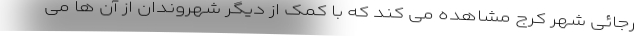
رجائی شهر کرج مشاهده می کند که با کمک از دیگر شهروندان از آن ها می